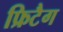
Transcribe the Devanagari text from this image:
फ्रिटैग